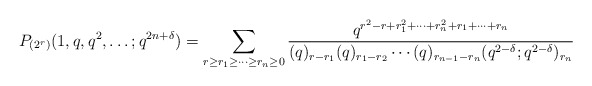
\begin{align*}P_{(2^r)}(1,q,q^2,\dots;q^{2n+\delta}) =\sum_{r\geq r_1\geq\dots\geq r_n\geq 0}\frac{q^{r^2-r+r_1^2+\cdots+r_n^2+r_1+\cdots+r_n}}{(q)_{r-r_1}(q)_{r_1-r_2}\cdots(q)_{r_{n-1}-r_n}(q^{2-\delta};q^{2-\delta})_{r_n}}\end{align*}